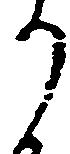
か